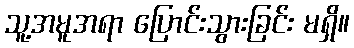
သူ့အမူအရာ ပြောင်းသွားခြင်း မရှိ။